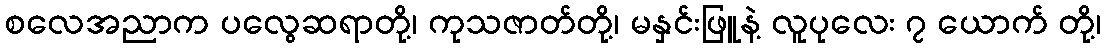
စလေအညာက ပလွေဆရာတို့၊ ကုသဇာတ်တို့၊ မနှင်းဖြူနဲ့ လူပုလေး ၇ ယောက် တို့၊